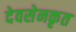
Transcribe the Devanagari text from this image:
देवसेनकृत